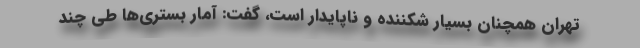
تهران همچنان بسیار شکننده و ناپایدار است، گفت: آمار بستری‌ها طی چند